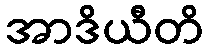
အာဒိယီတိ